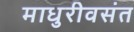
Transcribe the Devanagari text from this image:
माधुरीवसंत